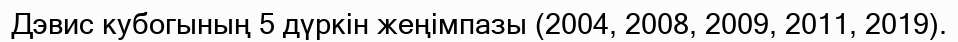
Дэвис кубогының 5 дүркін жеңімпазы (2004, 2008, 2009, 2011, 2019).